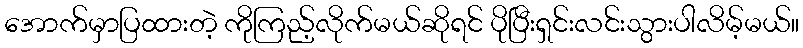
အောက်မှာပြထားတဲ့ ကိုကြည့်လိုက်မယ်ဆိုရင် ပိုပြီးရှင်းလင်းသွားပါလိမ့်မယ်။